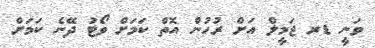
ވަނީ ޑރ ޖަމީލް އަށް ރުހުން އޮތް ކަމަށް ވޯޓު ދޭނެ ކަމަށް